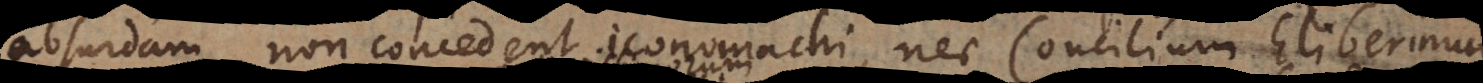
absurdam non concedent iconomachi, nec Concilium Eliber